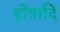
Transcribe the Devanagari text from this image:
होत्रादि